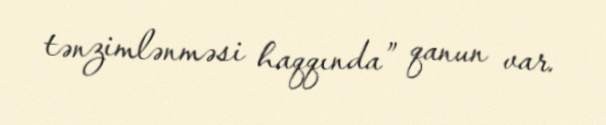
tənzimlənməsi haqqında” qanun var.